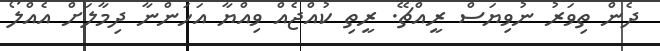
ދެން ތިވަރު ނުވިޔަސް ރީއްޗޭ. ރީތި ކުއްޖެއް ވިއްޔާ އަހަންނާ ދިމާލަށް އެއްލޯ